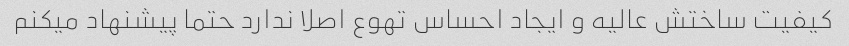
کیفیت ساختش عالیه و ایجاد احساس تهوع اصلا ندارد حتما پیشنهاد میکنم